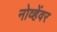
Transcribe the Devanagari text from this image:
नोव्हेंवर